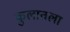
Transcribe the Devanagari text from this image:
कुलातला